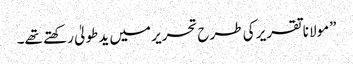
”مولانا تقریر کی طرح تحریر میں یدطولیٰ رکھتے تھے۔